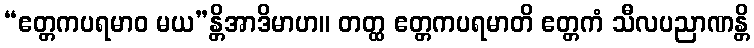
“ဧတ္တကပရမာဝ မယ”န္တိအာဒိမာဟ။ တတ္ထ ဧတ္တကပရမာတိ ဧတ္တကံ သီလပညာဏန္တိ